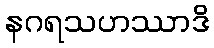
နဂရသဟဿာဒိ